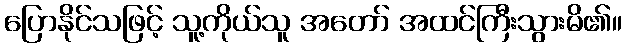
ပြောနိုင်သဖြင့် သူ့ကိုယ်သူ အတော် အထင်ကြီးသွားမိ၏။